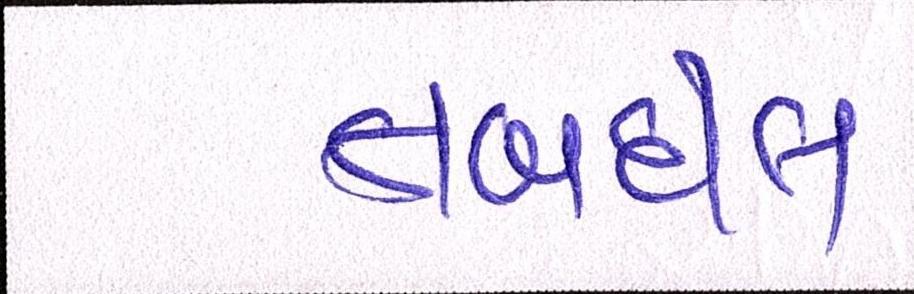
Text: તબદીલ